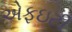
એફઇટી